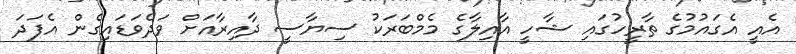
އެއީ އެގައުމުގެ ތާރީހުގައި ޝާހީ އާއިލާގެ މެމްބަރަކު ސިޔާސީ ދާއިރާއަށް ވަދެވަޑައިގެން އެފަދަ